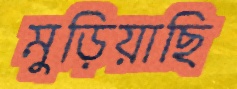
মুড়িয়াছি